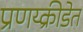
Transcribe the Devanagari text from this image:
प्रणय्क्रीडेत